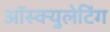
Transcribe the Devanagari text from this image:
ऑस्क्युलेटिंग